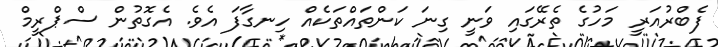
ފެބްރުއަރީ މަހުގެ ތެރޭގައި ވަނީ ގިނަ ކަންތައްތަކެއް ހިނގާފަ އެވެ. އެގޮތުން ސްޕްރީމް